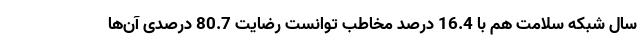
سال شبکه سلامت هم با 16.4 درصد مخاطب توانست رضایت 80.7 درصدی آن‌ها